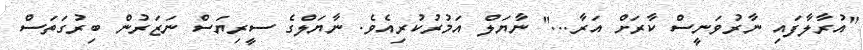
"އުރާލާފައި ނާރުވަނީސް ކާރަށް އަރާ..." ނާޔަލް އަމުރުކުރިއެވެ. ނާޔަލްގެ ސީރިޔަސް ނަޒަރުން ބިރުގަތަސް